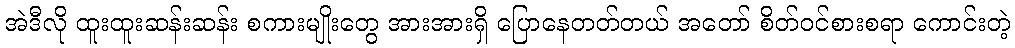
အဲဒီလို ထူးထူးဆန်းဆန်း စကားမျိုးတွေ အားအားရှိ ပြောနေတတ်တယ် အတော် စိတ်ဝင်စားစရာ ကောင်းတဲ့